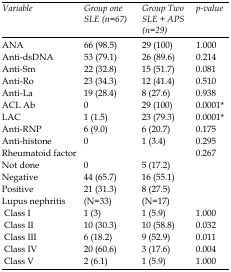
<table><thead><tr><td><b>Variable</b></td><td><b>Group oneSLE (n=67)</b></td><td><b>Group TwoSLE + APS (n=29)</b></td><td><b>p-value</b></td></tr></thead><tbody><tr><td>ANA</td><td>66 (98.5)</td><td>29 (100)</td><td>1.000</td></tr><tr><td>Anti-dsDNA</td><td>53 (79.1)</td><td>26 (89.6)</td><td>0.214</td></tr><tr><td>Anti-Sm</td><td>22 (32.8)</td><td>15 (51.7)</td><td>0.081</td></tr><tr><td>Anti-Ro</td><td>23 (34.3)</td><td>12 (41.4)</td><td>0.510</td></tr><tr><td>Anti-La</td><td>19 (28.4)</td><td>8 (27.6)</td><td>0.938</td></tr><tr><td>ACL Ab</td><td>0</td><td>29 (100)</td><td>0.0001*</td></tr><tr><td>LAC</td><td>1 (1.5)</td><td>23 (79.3)</td><td>0.0001*</td></tr><tr><td>Anti-RNP</td><td>6 (9.0)</td><td>6 (20.7)</td><td>0.175</td></tr><tr><td>Anti-histone</td><td>0</td><td>1 (3.4)</td><td>0.295</td></tr><tr><td>Rheumatoid factor</td><td></td><td></td><td>0.267</td></tr><tr><td>Not done</td><td>0</td><td>5 (17.2)</td><td></td></tr><tr><td>Negative</td><td>44 (65.7)</td><td>16 (55.1)</td><td></td></tr><tr><td>Positive</td><td>21 (31.3)</td><td>8 (27.5)</td><td></td></tr><tr><td>Lupus nephritis</td><td>(N=33)</td><td>(N=17)</td><td></td></tr><tr><td> Class I</td><td>1 (3)</td><td>1 (5.9)</td><td>1.000</td></tr><tr><td> Class II</td><td>10 (30.3)</td><td>10 (58.8)</td><td>0.032</td></tr><tr><td> Class III</td><td>6 (18.2)</td><td>9 (52.9)</td><td>0.011</td></tr><tr><td> Class IV</td><td>20 (60.6)</td><td>3 (17.6)</td><td>0.004</td></tr><tr><td> Class V</td><td>2 (6.1)</td><td>1 (5.9)</td><td>1.000</td></tr></tbody></table>